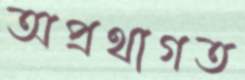
অপ্রথাগত